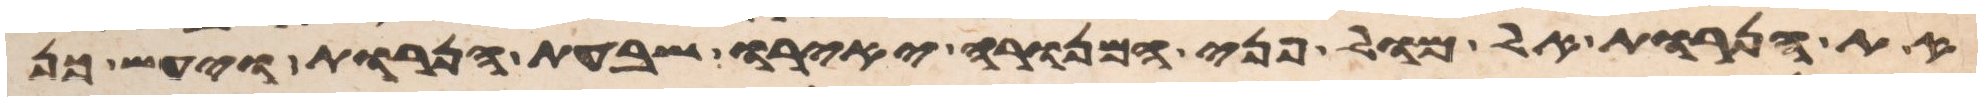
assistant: את הנרות אל מול פני המנורה יאירו שבעת הנרות ויעש כן